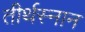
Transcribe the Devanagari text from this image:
तीर्थस्नान